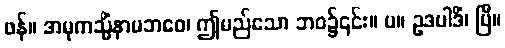
ဖန်။ အမုကသ္မိံနာမဘဝေ၊ ဤမည်သော ဘဝ၌၎င်း။ ပ။ ဥဒပါဒိံ၊ ပြီ။